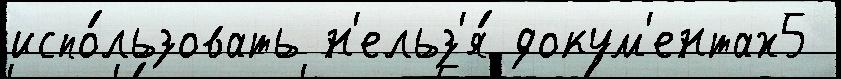
испо́льзовать н'ельз'я́ докум'ентах5